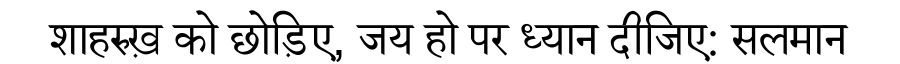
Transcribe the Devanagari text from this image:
शाहरुख़ को छोड़िए, जय हो पर ध्यान दीजिए: सलमान